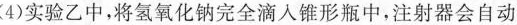
（4）实验乙中，将氢氧化钠完全滴入锥形瓶中，注射器会自动